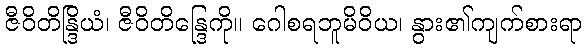
ဇီဝိတိန္ဒြိယံ၊ ဇီဝိတိန္ဒြေကို။ ဂေါစရဘူမိဝိယ၊ နွား၏ကျက်စားရာ